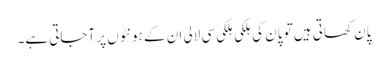
پان کھاتی ہیں تو پان کی ہلکی ہلکی سی لالی ان کے ہونٹوں پر آجاتی ہے۔